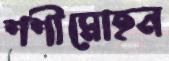
শশীমোহন